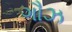
ગૌઝ